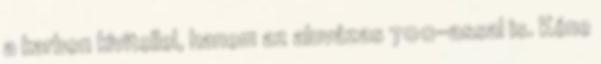
a karbon kivitellel, hanem az aluvázas 700-assal is. Kéne